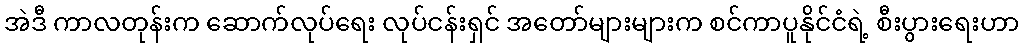
အဲဒီ ကာလတုန်းက ဆောက်လုပ်ရေး လုပ်ငန်းရှင် အတော်များများက စင်ကာပူနိုင်ငံရဲ့ စီးပွားရေးဟာ